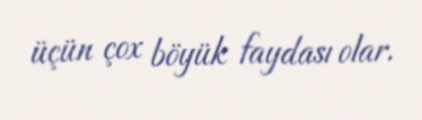
üçün çox böyük faydası olar.